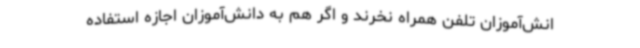
انش‌آموزان تلفن همراه نخرند و اگر هم به دانش‌آموزان اجازه استفاده